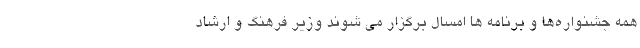
همه جشنواره‌ها و برنامه ها امسال برگزار می شوند وزیر فرهنگ و ارشاد